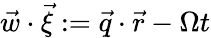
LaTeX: \vec{w}\cdot\vec{\xi}:=\vec{q}\cdot\vec{r}-\Omega t